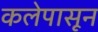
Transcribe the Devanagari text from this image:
कलेपासून